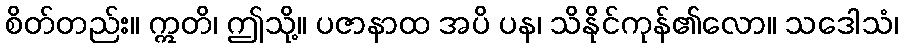
စိတ်တည်း။ ဣတိ၊ ဤသို့။ ပဇာနာထ အပိ ပန၊ သိနိုင်ကုန်၏လော။ သဒေါသံ၊